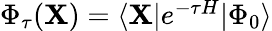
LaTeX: \begin{array}{r}{\Phi_{\tau}(\mathbf{X})=\langle\mathbf{X}|e^{-\tau H}|\Phi_{0}\rangle}\end{array}